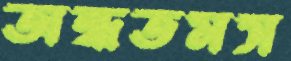
অন্ধতমস